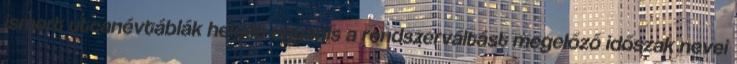
ismert utcanévtáblák helyét ugyanis a rendszerváltást megelőző időszak nevei